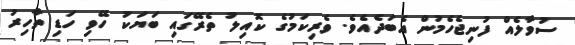
ސުވާލެއް ފުނިޖެހެމުން އެބަދެއެވެ. ވެރިކަމުގެ ކޮއިލު ތެރޭގައި ބަޔަކު ހޭވި ހަޑި ތާހިރު